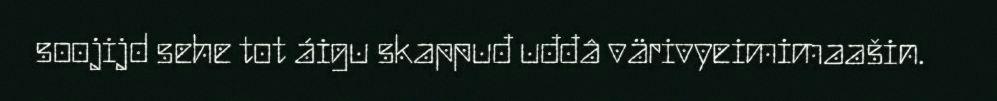
soojijd sehe tot áigu skappuđ uđđâ värivyeimimaašin.